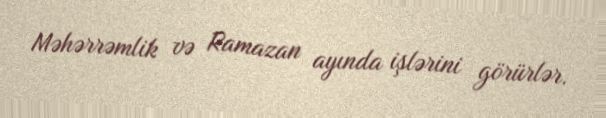
Məhərrəmlik və Ramazan ayında işlərini görürlər.